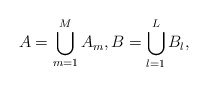
\begin{align*} A = \bigcup_{m =1}^MA_m, B = \bigcup_{l =1}^L B_l, \end{align*}